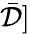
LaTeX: \bar{\mathcal{D}}]